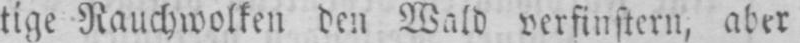
tige Rauchwolken den Wald verfinstern, aber